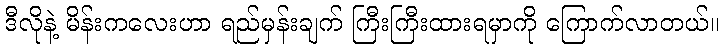
ဒီလိုနဲ့ မိန်းကလေးဟာ ရည်မှန်းချက် ကြီးကြီးထားရမှာကို ကြောက်လာတယ်။